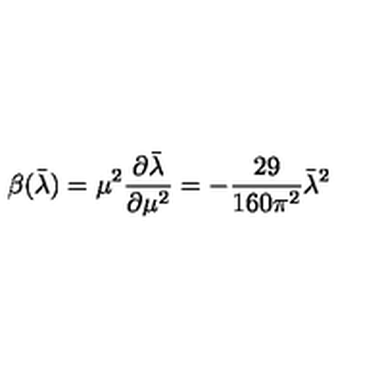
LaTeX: \beta ( \bar { \lambda } ) = \mu ^ { 2 } \frac { \partial \bar { \lambda } } { \partial \mu ^ { 2 } } = - \frac { 2 9 } { 1 6 0 \pi ^ { 2 } } \bar { \lambda } ^ { 2 }